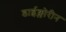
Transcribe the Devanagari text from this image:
डाईक्लोरीन